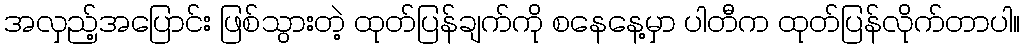
အလှည့်အပြောင်း ဖြစ်သွားတဲ့ ထုတ်ပြန်ချက်ကို စနေနေ့မှာ ပါတီက ထုတ်ပြန်လိုက်တာပါ။